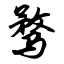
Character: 骛